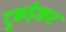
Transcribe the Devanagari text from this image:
टुकड़ेकर